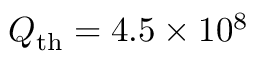
Q _ { \mathrm { t h } } = 4 . 5 \times 1 0 ^ { 8 }